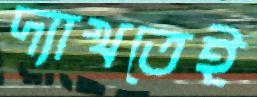
দ্যাখতেই